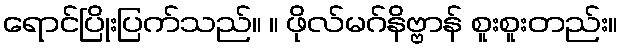
ရောင်ပြိုးပြက်သည်။ ။ ဖိုလ်မဂ်နိဗ္ဗာန် စူးစူးတည်း။